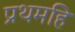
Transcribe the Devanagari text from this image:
प्रथमहिं